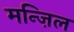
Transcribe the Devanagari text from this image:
मन्ज़िल